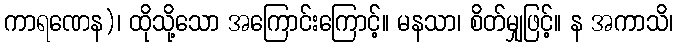
ကာရဏေန)၊ ထိုသို့သော အကြောင်းကြောင့်။ မနသာ၊ စိတ်မျှဖြင့်။ န အကာသိ၊